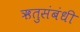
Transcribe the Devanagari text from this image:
ऋतुसंबंधी